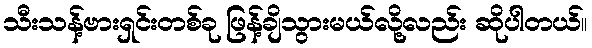
သီးသန့်ဗားရှင်းတစ်ခု ဖြန့်ချိသွားမယ်လို့လည်း ဆိုပါတယ်။